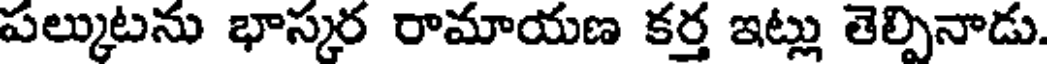
పల్కుటను భాస్కర రామాయణ కర్త ఇట్లు తెల్పినాడు.